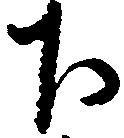
下